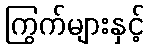
ကြွက်များနှင့်